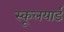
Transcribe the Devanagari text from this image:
स्कूलयार्ड